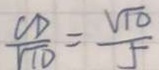
\frac { C D } { \sqrt { 1 0 } } = \frac { \sqrt { 1 0 } } { 5 }